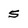
Character: 5